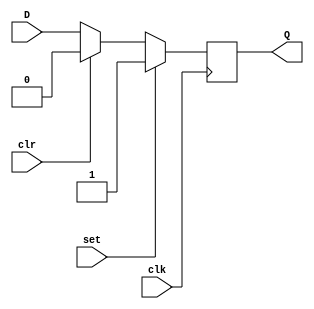
module d_flip_flop (
    input D,
    input clk,
    input set,
    input clr,
    output reg Q
);

always @(posedge clk) begin
    if (set) begin
        Q <= 1'b1;
    end else if (clr) begin
        Q <= 1'b0;
    end else begin
        Q <= D;
    end
end

endmodule